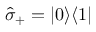
\hat { \sigma } _ { + } = | 0 \rangle \langle 1 |